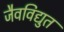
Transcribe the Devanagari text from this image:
जैवविद्युत